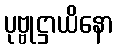
ပုဗ္ဗုဋ္ဌာယိနော